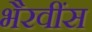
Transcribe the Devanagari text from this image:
भैरवींस